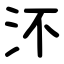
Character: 㳅